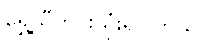
ရွှေ့သီတင်းသုံးရပါတယ်။